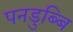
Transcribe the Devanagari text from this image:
पनडुब्बि